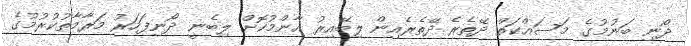
ދޯނި ބަނުމުގެ މަސައްކަތް ދޭތެރެ ދޭތެރެއިން ލިބޭއިރު އާންމުކޮށް ލިބެނީ ދޯނިފަހަރު މަރާމާތުކުރުމުގެ